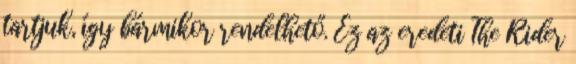
tartjuk, így bármikor rendelhető. Ez az eredeti The Rider